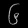
Digit: ၆